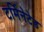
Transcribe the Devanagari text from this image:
टर्मिनेटेड